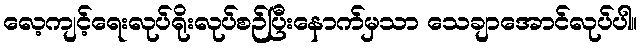
လေ့ကျင့်ရေးလုပ်ရိုးလုပ်စဉ်ပြီးနောက်မှသာ သေချာအောင်လုပ်ပါ။